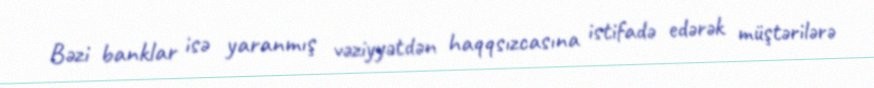
Bəzi banklar isə yaranmış vəziyyətdən haqqsızcasına istifadə edərək müştərilərə